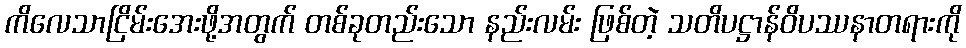
ကိလေသာငြိမ်းအေးဖို့အတွက် တစ်ခုတည်းသော နည်းလမ်း ဖြစ်တဲ့ သတိပဋ္ဌာန်ဝိပဿနာတရားကို